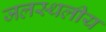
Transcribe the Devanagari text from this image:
जलस्थलीय